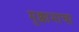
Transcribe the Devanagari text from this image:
मुक्कामाचा